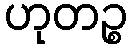
ဟုတဉ္စ